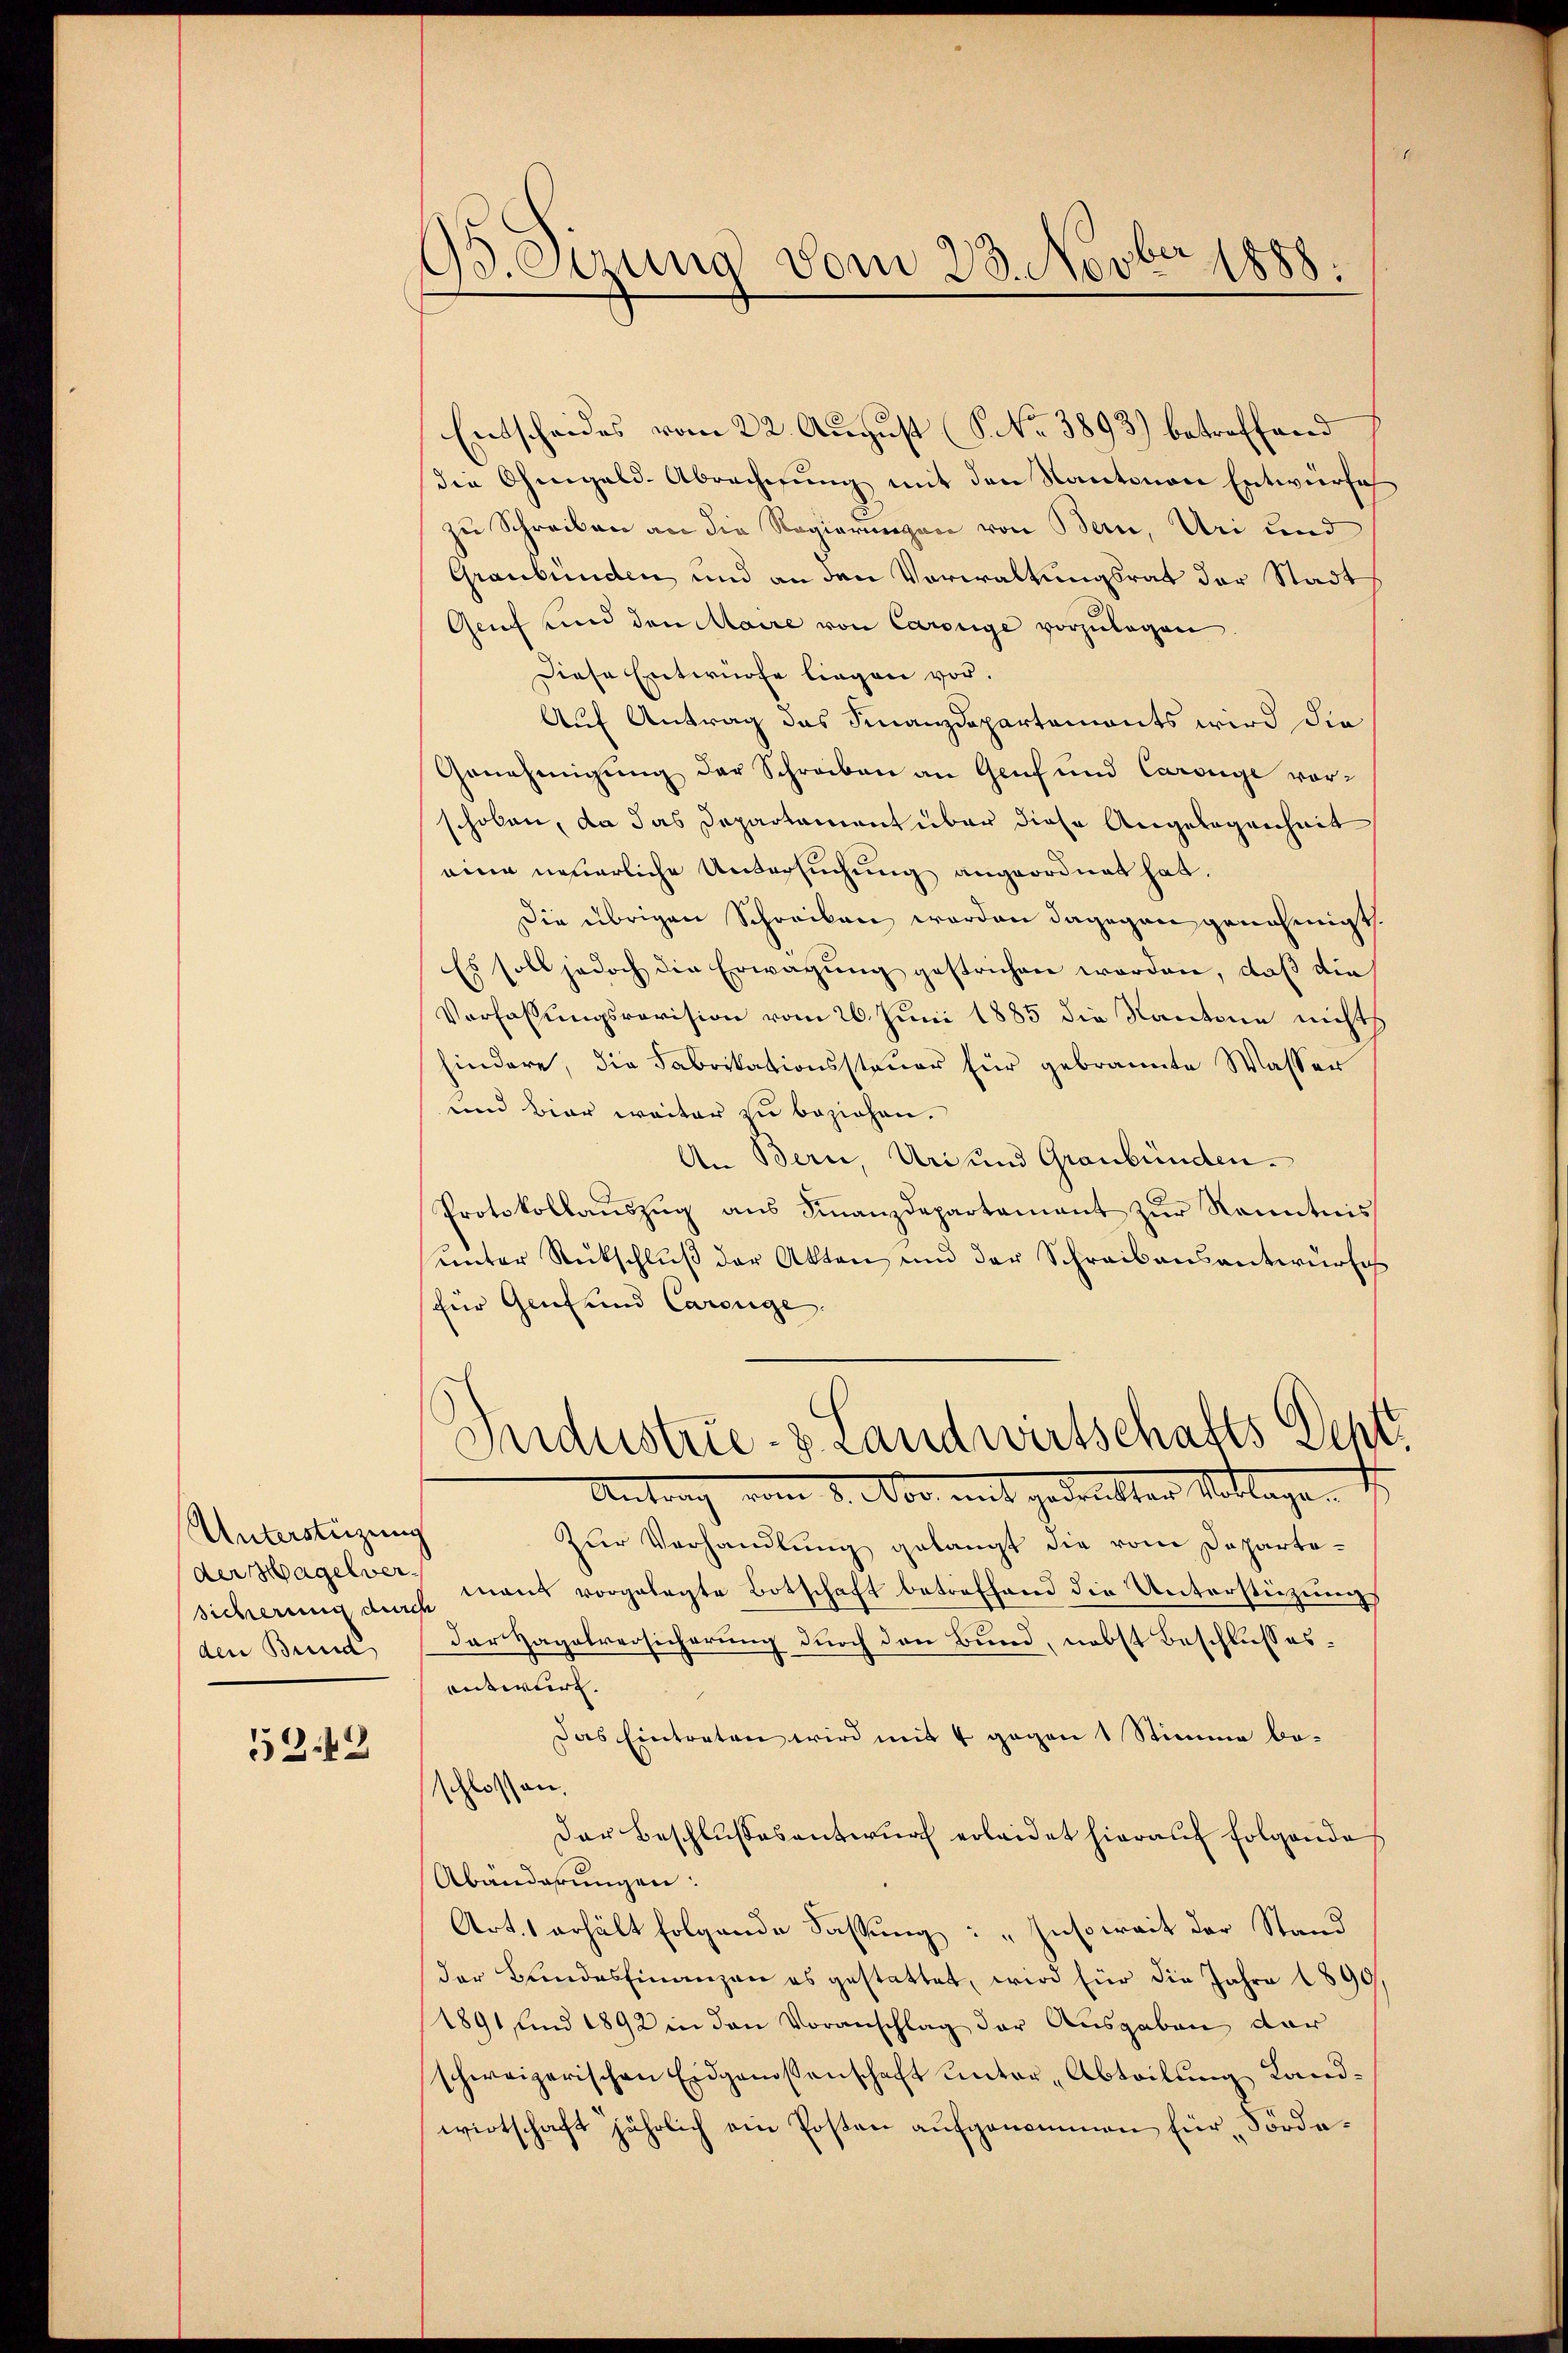
Unterstüzung
der Hagelverden Brind,

5242

93. Ozung vom 28. Novber 1888.

Entscheides vom 22. August (S. Nr. 3893) betreffend
die Ohmgeld-Abrechnung mit den Kantonen Entwürfe
zu Schreiben an die Regierungen von Bern, Uri und
Graubünden und an den Vorwaltungsrat der Stadt
Genf und den Maire von Carolge vorzulegen
Diese Entwurfe liegen vor.
Auf Antrag das Finanzdepartements wird die
Genehmigung der Schreiben an Genf und Carolge vorschoben, da das Departament über diese Angelegenheit
eine neuerliche Untersuchung angeordnet hat.
Die übrigen Schreiben worden dagegen genehmigt
Es soll jedoch die Erwägŭng gestrichen worden, daß die
Verfassungsrevision vom 26. Juni 1885 die Kantone nichts
hindere, die Fabrikationssteuer für gebrannte Wasser
und Bier weiter zu beziehen.
An Bern, Uri und Graubünden.
Protokollaŭszŭg aŭs Finanzdepartamant zŭr Kenntnis
ŭnter Rückschlŭβ der Akten und der Schreibensantwurfes
für Genf und Carouge.
Wndustrie- & Landwirtschafts Dept
Antrag vom 3. Nov. mit gedruckten Notlage.
Zur Verhandlung gelangt die vom Departesicherung durch man vorgelegte Botschaft betreffend die Unterstüzung
Dar Hagalversicherung durch den Bund, nebst Beschlusses
entwurf.
Das Eintreten wird mit 4 gegen 1 Stimme beschlossen,
Der Beschlŭssesentwŭrf erleidet hierauf folgende
Abänderungen:
Art. 1 erhält folgende Fassung: „Insoweit der Stand
der Bundesfinanzen es gestattet, wird für die Jahre 1890
1891 und 1892 in den Voranschlag der Ausgaben dar
schweizerischen Eidgenossenschaft unter „Abteilung Landwirtschaft jährlich ein Posten aufgenommen für Forde¬